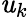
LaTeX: \mathit{u}_{k}